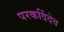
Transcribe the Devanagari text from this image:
परकर्दिदेव